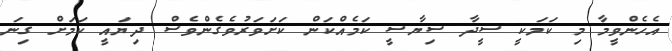
އެހެންވީމާ މި ކަމަކީ ސީދާ ސިޔާސީ ކަމެއްކަން ކަށަވަރުވެގެންވެސް ދިޔައީ ކަމަށް ގިނަ